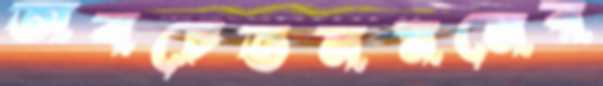
অবচেতনমনের